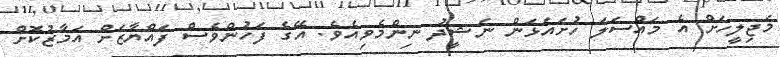
މަޖިލީހަށް އެ މައްސަލަ ހުށައަޅަން ނަޝީދު ނިންމެވިއެވެ. އޭގެ ފަހުންވެސް ފައްޔާޒަށް އަމާޒުކޮށް